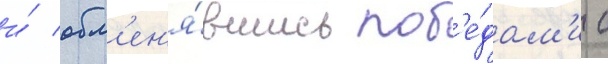
и́ обм'ен'я́вшись поб'е́дам'и с